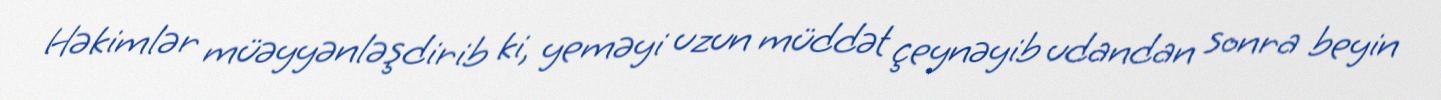
Həkimlər müəyyənləşdirib ki, yeməyi uzun müddət çeynəyib udandan sonra beyin